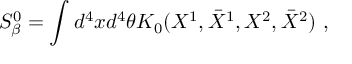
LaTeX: S _ { \beta } ^ { 0 } = \int d ^ { 4 } x d ^ { 4 } \theta K _ { 0 } ( X ^ { 1 } , \bar { X } ^ { 1 } , X ^ { 2 } , \bar { X } ^ { 2 } ) \ ,